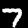
Digit: 7